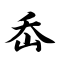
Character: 岙